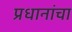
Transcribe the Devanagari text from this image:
प्रधानांचा